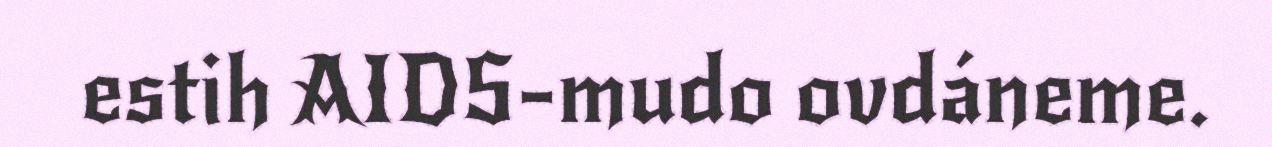
estih AIDS-mudo ovdáneme.